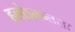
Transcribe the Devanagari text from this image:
हलोऽनन्तराः